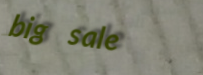
big sale